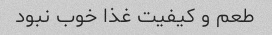
طعم و کیفیت غذا خوب نبود